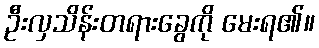
ဦးလှသိန်းတရားခွေကို မေးရ၏။